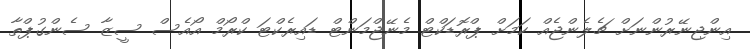
އިންޖިނޭރުންނަށް ޗެލެންޖެއް ކަމަށް ޕްރޮޑަކްޓް މެނޭޖްމަންޓް ޑައިރެކްޓަ ކްރޯމް އޯއެސް ސީޒާ ސެންގުޕްތާ